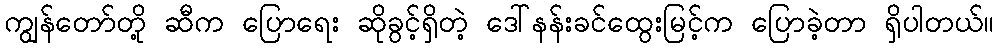
ကျွန်တော်တို့ ဆီက ပြောရေး ဆိုခွင့်ရှိတဲ့ ဒေါ်နန်းခင်ထွေးမြင့်က ပြောခဲ့တာ ရှိပါတယ်။